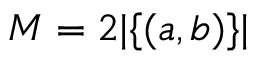
M = 2 | \{ ( a , b ) \} |